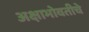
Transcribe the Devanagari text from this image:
अक्षाभोवतीचे